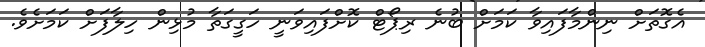
އެގޮތަށް ނިންމާފައިވާ ކަމަށް ބުނެ ރިޕޯޓް ކޮށްފައިވަނީ ހަގީގަތާ މުޅިން ހިލާފަށް ކަމަށެވެ.